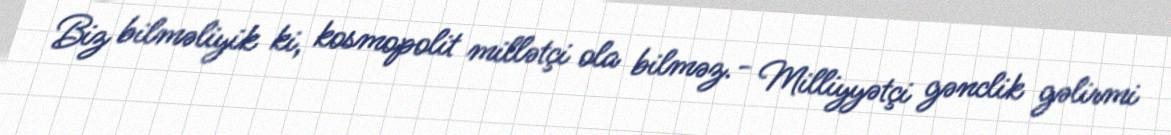
Biz bilməliyik ki, kosmopolit millətçi ola bilməz.- Milliyyətçi gənclik gəlirmi